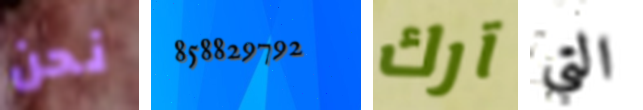
نحن 858829792 آرك التي